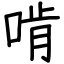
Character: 啃